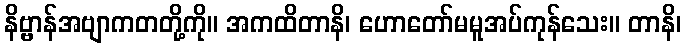
နိဗ္ဗာန်အဗျာကတတို့ကို။ အကထိတာနိ၊ ဟောတော်မမူအပ်ကုန်သေး။ တာနိ၊